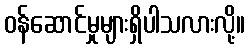
ဝန်ဆောင်မှုများရှိပါသလားလို့။